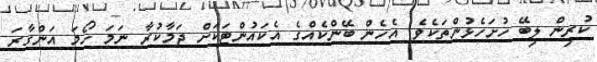
ކުރިން ލިބޭ ހުށަހެޅުންތަކެވެ. އެހެން ބޭންކެއްގެ އެކައުންޓަަކަށް ޖަމާކުރާ ނަމަ ހޯމަ އަންގާރަ